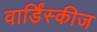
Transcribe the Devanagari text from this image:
वार्डिंस्कीज